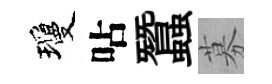
瓊呫蠶募